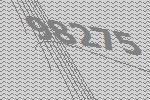
98275